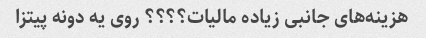
هزینه‌های جانبی زیاده مالیات؟؟؟؟ روی یه دونه پیتزا